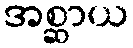
အစ္ဆာယ